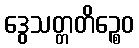
ဒွေသတ္တတိဉ္စေဝ